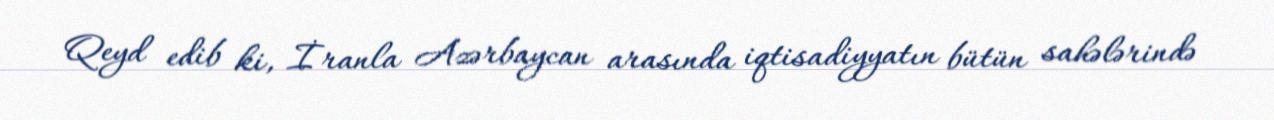
Qeyd edib ki, İranla Azərbaycan arasında iqtisadiyyatın bütün sahələrində